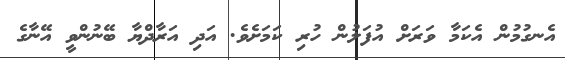
އެނގުމުން އެކަމާ ވަރަށް އުފަލުން ހުރި ކަމަށެވެ. އަދި އަރާދްޔާ ބޭނުންވީ އޭނާގެ